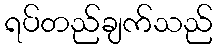
ရပ်တည်ချက်သည်